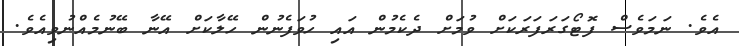
އެވެ. ނަމަވެސް ފޮޓޯގަރަފަރަކަށް ވުމަށް ދެކެމުން އައި ހުވަފެނުން ހޭލާކަށް އޭނާ ބޭނުމެއްނުވިއެވެ.